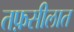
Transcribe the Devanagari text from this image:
तफ़सीलात